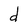
Character: d